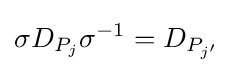
\sigma D_{P_{j}}\sigma ^{-1}=D_{P_{j'}}